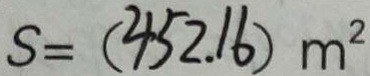
S = ( 4 5 2 . 1 6 ) m ^ { 2 }